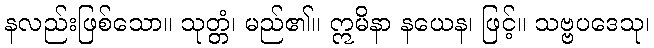
နလည်းဖြစ်သော။ သုတ္တံ၊ မည်၏။ ဣမိနာ နယေန၊ ဖြင့်။ သဗ္ဗပဒေသု၊